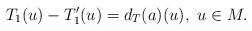
LaTeX: \begin{align*}T_1(u) - T_1' (u)= d_T (a) (u), ~ u \in M.\end{align*}